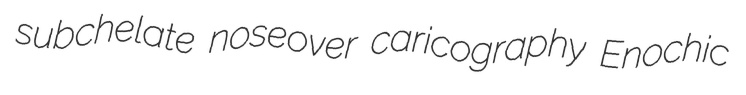
subchelate noseover caricography Enochic